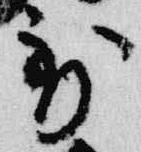
到